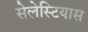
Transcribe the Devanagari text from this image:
सेलेस्टियास